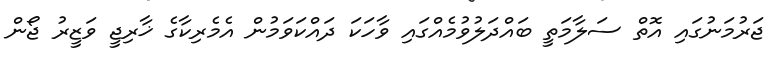
ޖަރުމަނުގައި އޮތް ސަލާމަތީ ބައްދަލުވުމެއްގައި ވާހަކަ ދައްކަވަމުން އެމެރިކާގެ ޚާރިޖީ ވަޒީރު ޖޯން